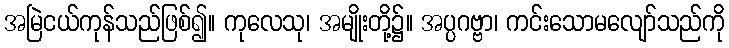
အမြဲငယ်ကုန်သည်ဖြစ်၍။ ကုလေသု၊ အမျိုးတို့၌။ အပ္ပဂဗ္ဗာ၊ ကင်းသောမလျော်သည်ကို